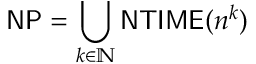
{ \mathsf { N P } } = \bigcup _ { k \in \mathbb { N } } { \mathsf { N T I M E } } ( n ^ { k } )